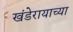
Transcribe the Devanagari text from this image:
खंडेरायाच्या